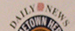
DAILYNEWS